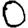
Digit: 0